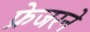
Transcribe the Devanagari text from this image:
फ्रेजरने